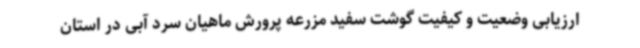
ارزیابی وضعیت و کیفیت گوشت سفید مزرعه پرورش ماهیان سرد آبی در استان